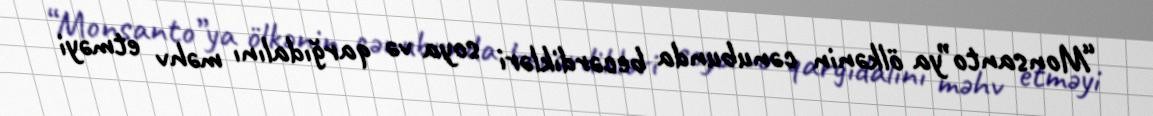
“Monsanto”ya ölkənin cənubunda becərdikləri soya və qarğıdalını məhv etməyi